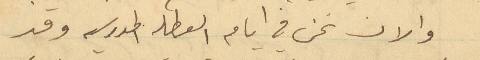
والان نحن في ايام العطله المدرسيه وقد